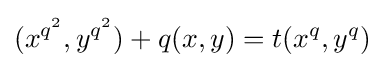
(x^{q^{2}},y^{q^{2}})+q(x,y)=t(x^{q},y^{q})